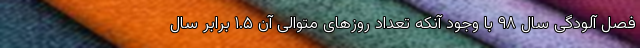
فصل آلودگی سال ۹۸ با وجود آنکه تعداد روزهای متوالی آن ۱.۵ برابر سال